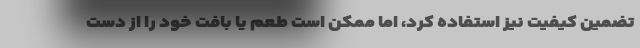
تضمین کیفیت نیز استفاده کرد، اما ممکن است طعم یا بافت خود را از دست